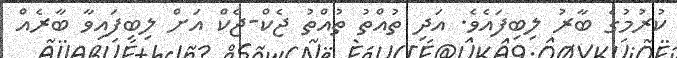
ކުރުމުގެ ބާރު ލިބިފައެވެ. އަދި ތުއްތު ތުއްތު ޖެކް-ޖެކް އަށް ލިބިފައިވާ ބާރެއް